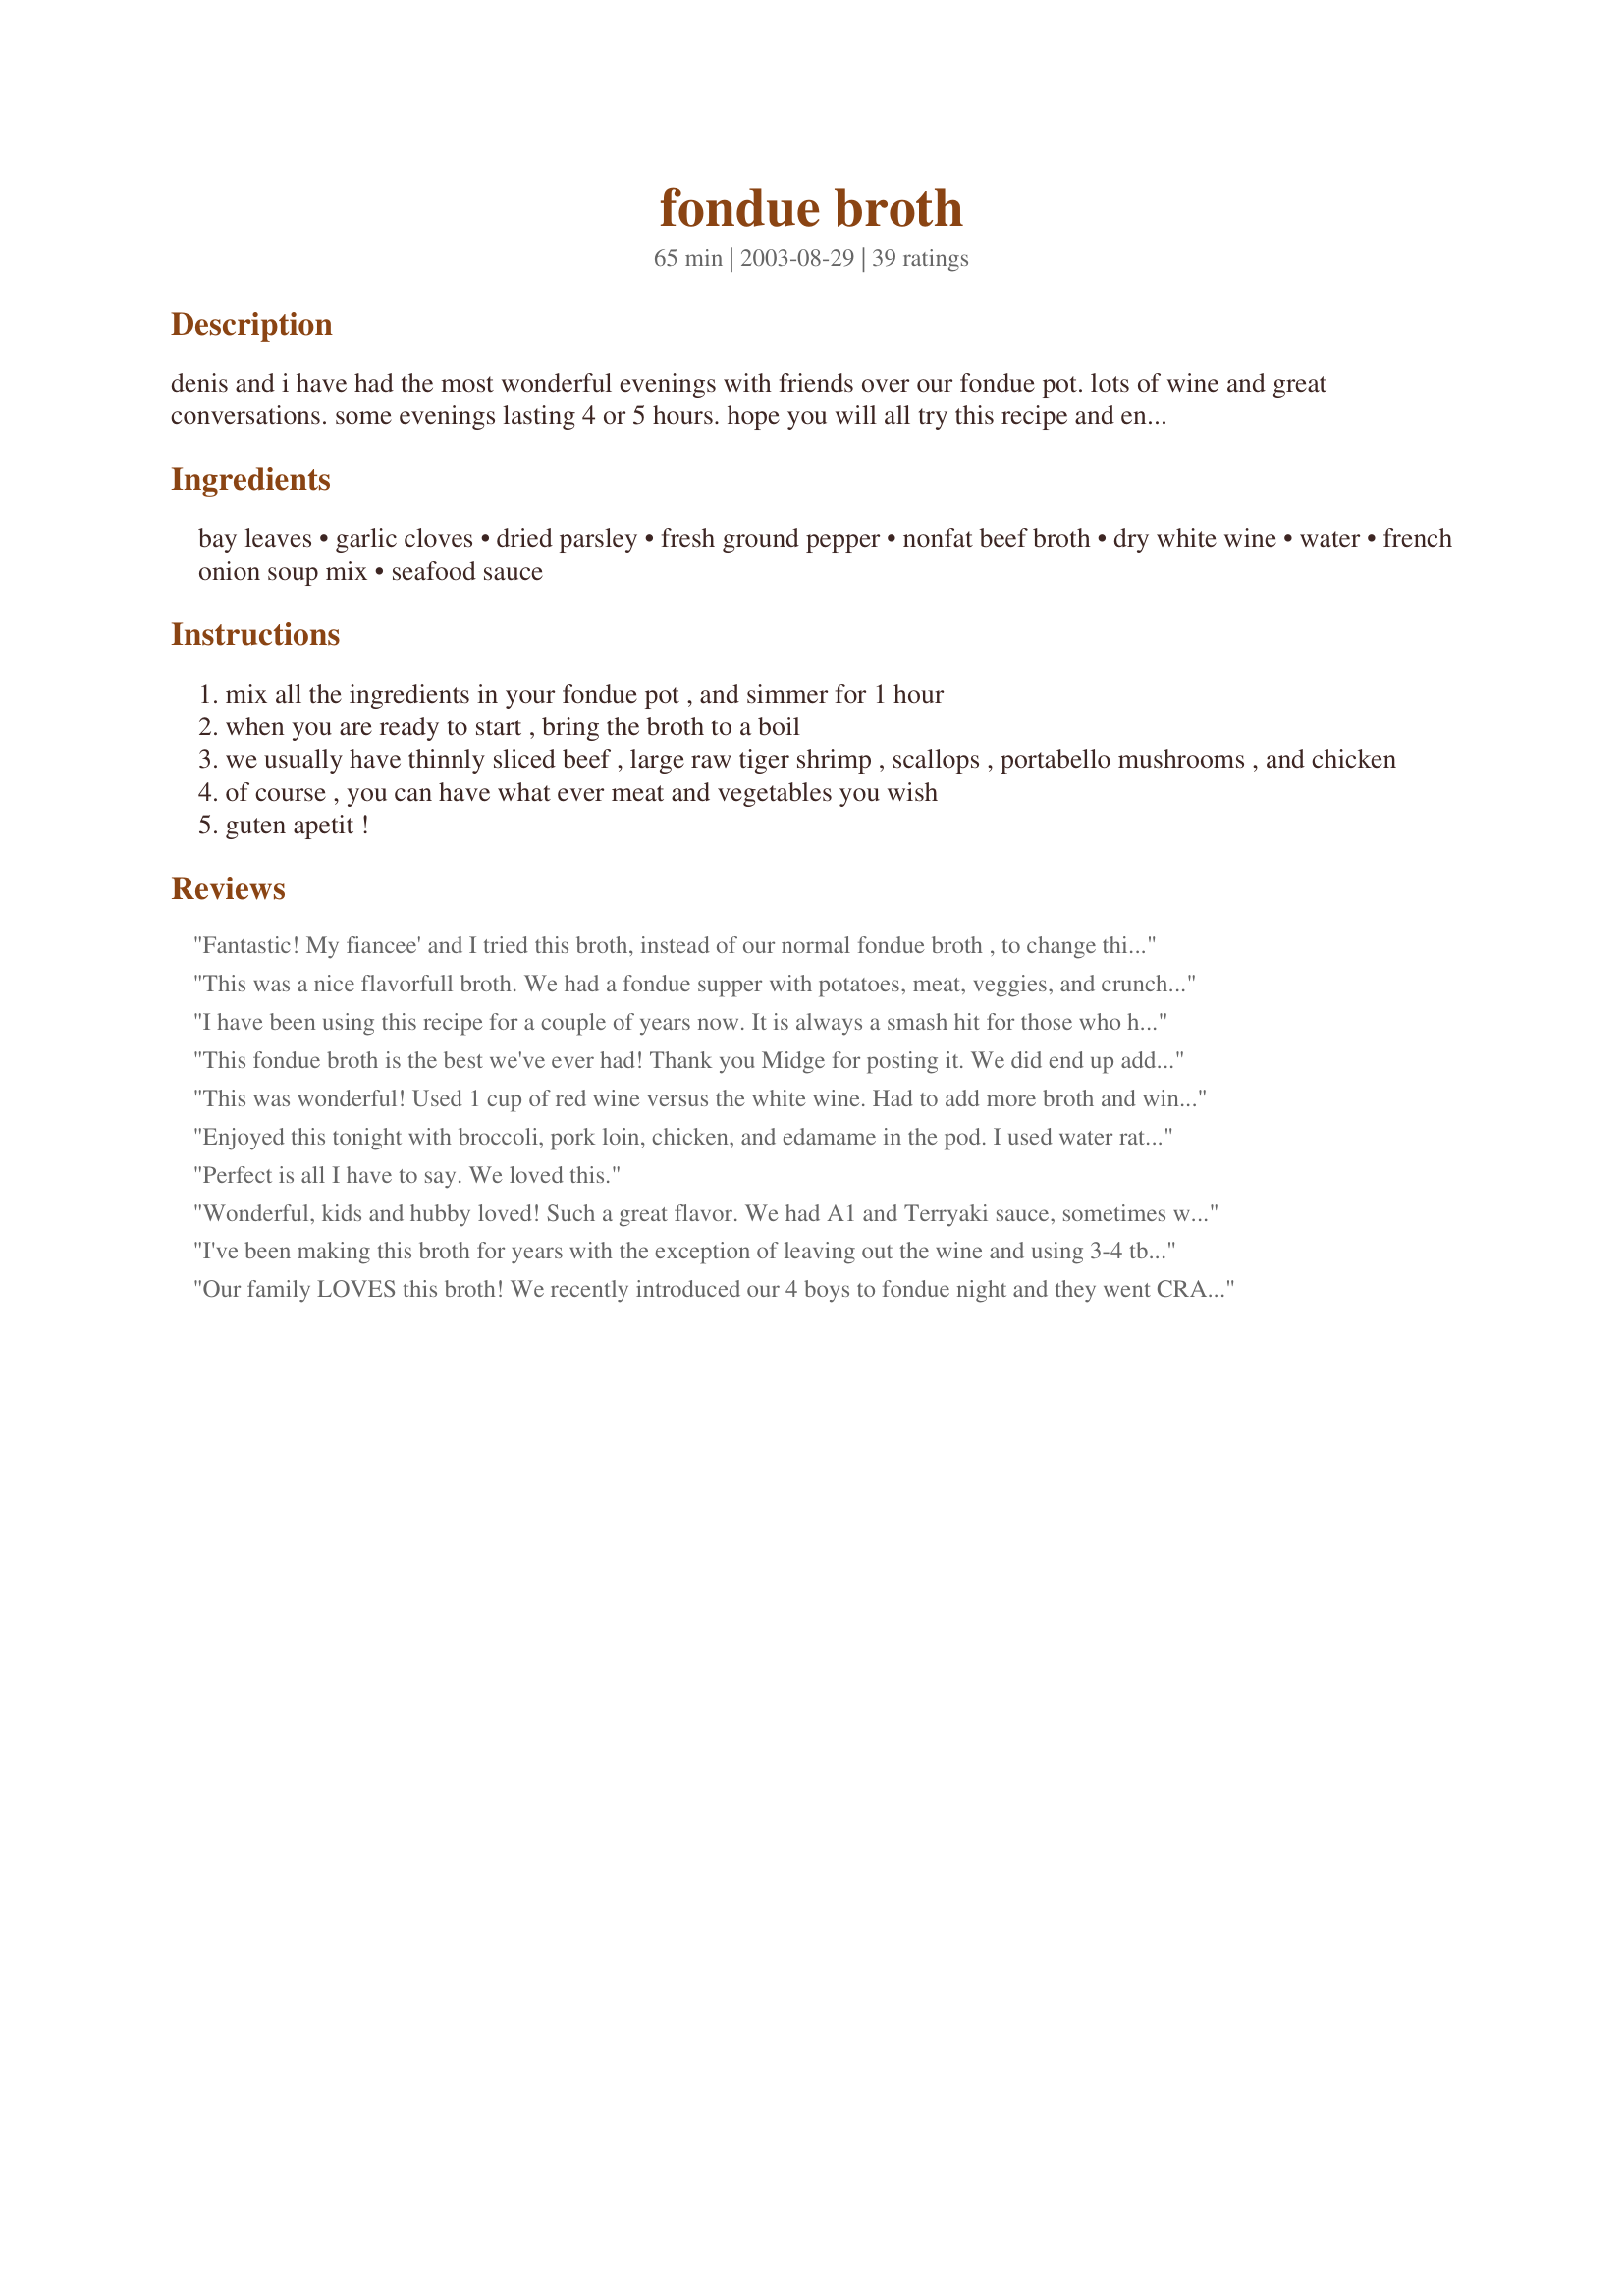
fondue broth
Preparation time: 65 minutes

denis and i have had the most wonderful evenings with friends over our fondue pot. lots of wine and great conversations. some evenings lasting 4 or 5 hours. hope you will all try this recipe and enjoy it as much as we do!

Ingredients:
bay leaves, garlic cloves, dried parsley, fresh ground pepper, nonfat beef broth, dry white wine, water, french onion soup mix, seafood sauce

Steps:
mix all the ingredients in your fondue pot , and simmer for 1 hour
when you are ready to start , bring the broth to a boil
we usually have thinnly sliced beef , large raw tiger shrimp , scallops , portabello mushrooms , and chicken
of course , you can have what ever meat and vegetables you wish
guten apetit !

Reviews:
Fantastic! My fiancee' and I tried this broth, instead of our normal fondue broth , to change things up a bit. We both LOVED this broth so much, and we agreed that it was so flavorful, that we almost didn't need to use our dipping sauces! We will definitely be using this recipe again! Thanks so much for posting it!
This was a nice flavorfull broth. We had a fondue supper with potatoes, meat, veggies, and crunchy bread. I think next time I'll decrease the amount of black pepper.
I have been using this recipe for a couple of years now. It is always a smash hit for those who have never had it and a highly anticipated treat for those who have. The unique combination of ingredients is what caught my eye. I found the initial smell of the ingredients mixed together (prior to simmering) to be a bit weird. However, an hour after simmering and the kitchen had a heavenly aroma.
This fondue broth is the best we've ever had! Thank you Midge for posting it. We did end up adding more wine as our fondue parties tend to last a long time. The only part I was unsure of was the package of onion soup mix as we have several different sizes available in our store. I believe I used a 38 g package of Lipton's french onion soup mix.
This was wonderful! Used 1 cup of red wine versus the white wine. Had to add more broth and wine because it kept evaporating. Dipped Filet, Scallops, Shrimp, Chicken, Calamari and mushrooms. Husband is already asking when we are doing fondue again.
Enjoyed this tonight with broccoli, pork loin, chicken, and edamame in the pod. I used water rather than wine... didn't have any. I also left out the seafood sauce. I went heavy on the garlic, as suggested. This made for a fun Friday evening dinner with the family. My 5 year old enjoyed the novelty of cooking his own food, but only ate a bit, cause he's 5 and that's what they do, apparently. Everyone else ate heartily. Thanks for sharing!
Perfect is all I have to say. We loved this.
Wonderful, kids and hubby loved! Such a great flavor. We had A1 and Terryaki sauce, sometimes we used it and sometimes not. We love putting mushrooms in it!!
I've been making this broth for years with the exception of leaving out the wine and using 3-4 tbs of red wine vinegar. I also leave out the saefood sauce. We wrap small pieces of provolone or curd cheese with the Chinese fondue beef then stick the skewer through the meat (place the cheese in the middle, fold up each side), then cook the meat in broth. Here comes the best part! We keep the broth, caramelize some onions the next night, throw them in the broth then top with a garlic toast and a slice (or grated leftover) provolone cheese! It makes the best french onion soup!
Our family LOVES this broth! We recently introduced our 4 boys to fondue night and they went CRAZY for it...we spent 3-1/2 hours at the table! What better way to find out what's going on with your kids? Anyway...I did substitute Heinz Chili Sauce for the Seafood sauce, which didn't sound appealing to me. It was delicious and really easy. the bst part was the next day: I sauteed a bag of sweet onions in butter till they were soft and translucent, then added all the remaining broth, including what we cooked the meat in. Best French Onion Soup EVER. Thanks for a terrific recipe that we will use over and over!
Thank you for this wonderful recipe. I made this for our New Years Day dinner with the family and we loved it. The broth is so flavourful (I left out the seafood sauce and lessened the amount of pepper as per other comments) I found that cooking in the broth made me feel less bloated and heavy feeling that I get with cooking with oil, plus the house smelled good with the broth. I had beef, prawns, chicken, mushrooms, broccoli and ramen noodles. I made a garlic butter for the prawns and a creamy mustard dip for the beef and chicken. Cook the ramen noodles separately and then add to broth and then you can spoon it out with a bit of broth to eat in a small bowl with the veggies. I look forward to making this recipe again next year or maybe earlier.
I never though of being so creative with Fondue Broth. This was REALLY good. We were afraid that the seafood sauce would be too spicy, but after the hour of boil time everything blended so well and created an amazing flavor for Fondue!
This was my first attempt at broth fondue. I made a few changes to the recipe. I used red wine instead of white and omitted the seafood sauce. I found I needed to make a double batch of the broth though because it evaporated so quickly.
Great flavor though!
Made this broth tonight: no fuss and delicious recipe. All guests raved about it including kids. I added a few sticks of lemongrass to the recipe and it was a good guess! Taste is very similar to that of canned fondue broth but with probably half the sodium and better taste. For the first time, I am considering using the leftover broth for soup (usually it is way too salty).
I love this broth! Fondue is our family Christmas tradition, and this is the recipe I have used for years. Thanks for posting!
We loved this. Added more garlic as suggested and it was perfect!! Served it with chicken, beef tenderloin, Mahi Mahi, crimini mushrooms, baby potatoes and broccoli. We ate to our hearts content and had to keep adding water to the pot once the extra broth was gone. We had 5 big appetites. We'll need to double the recipe next time. VERY DELISH.
This recipe was AWESOME! I had been looking for a broth fondue recipe for quite some time and was very excited to try this out. I was a little nervous about the cocktail sauce but it was wonderful. Thank you!
What a great recipe. We really enjoyed this last night. Awesome fondue. We used prawns, chicken , steak, broccoli, breaded gouda, and mushrooms. I can't wait to make this again and invite friends over.
This made an outstanding dinner for New Years Eve! I used Heinz Chili Sauce and everything was so tasty! Made for Zaar Cookbooks Tag game.
Our family enjoyed this recipe on Christmas Eve. This was especially good with prawns!
wow!! turned our foods into something quite wonderful and savory!!! used wine instead of water and added a bit more garlic and also ommitted the seafood sauce. may try with next time. but wouldn't change a thing!! just don't use with tempura. the broth doesnt get hot enuf to make the batter crispy. thanks midge!!
This was great! I followed the recipe as-is except I used red wine instead of white wine and not quite as much pepper. I was skeptical about the cocktail sauce, but everything altogether was great. We did filet, chicken, prawns, and lobster. The lobster was really good - needed no dipping sauce. I would definitely use this again the next time we do fondue.
Fantastic! Thank you for posting the recipe, Midge. I left out the seafood sauce only because I didn't have any, but will use it next week when we fondue again. Like others have said, this evaporates quickly, so I just kept adding the rest of the bottle of pinot grigio that I used to make the broth. My 8 year old and husband loved the taste of it, but the best part was spending the 2 hours around the kitchen table enjoying the food and each other's company. Thanks again!
Absolutely FANTASTIC! I used only about 1/4 cup of Heinz chili sauce (didn't have cocktail sauce, but this is similiar), and the rest exactly as described. My gawd, the flavor was outstanding, what a great recipe. We used filet mignon chunks and the following sauces: Mustard Dipping Sauce Recipe #8282, cracked black pepper sauce from Fondue Dipping Sauces Recipe #86045 and the garlic dill sauce from "Love is in the Air" Beef Fondue & Sauces Recipe #84797. Whadda meal, thank you!
the best ever - great with veggies and beef, chicken, shrimp and salmon
What I can I add that no one else has already contributed? This is a wonderful, full favored broth better than most! Very easy to make!
I did not care for this recipe at all. I followed it exactly and wished I had only used 1/2 teaspoon of pepper instead of 2 whole teaspoons. Also, the seafood sauce was not good in this for us. The meat was edible but the veggies (potatoes, mushrooms, and broccoli were too peppery for our tastes. Right in the beginning I saw how bad the pepper and seafood sauce were so I added another packet of french onion soup mix and an additional 4 cups of water. It was still overpowering. Sadly, this bombed on my husband's birthday party.
This was a wonderful fondue broth, even made without the seafood sauce. We had a cheese fondue at the same time, and the bread dunked briskly into this broth then lathered with cheese was just heavenly. We will be making this again.
Yummy! Made this for Valentine's Day (late for us this year) along with a pot of cheese fondue. Delicious! Also tried the other reviewer's idea about making soup with the leftover broth, excellent!! Thanks to everyone!
I used this broth instead of oil to try to save a few calories. At first, I wasn't sure how tasty the recipe would turn out but it was the hit at the party! 

EVERYONE has asked for the recipe.
Followed the recipe but didn't have any wine so used the water. We used thinly sliced steak, chunks of chicken breast, shrimp and lobster. The lobster was not very good but all the other meat turned out great, but only when dipped in a sauce. We didn't like the flavor of the meat with the broth alone. I made a mustard sauce, teriyaki sauce and had a jar of sweet and hot relish. We are going to fondue meat again tonight but use a different broth.
We had this tonight for our Christmas dinner. I loved it. I had not done broth before with fondue; we always have fondue for Christmas dinner. I read the other reviews and used less of the seafood sauce, knowing my own taste. It did not overpower the scallops or shrimp. If I didn't use sauce on the particular bite it was a pleasant flavor. A keeper. We had shrimp, scallops, beef, chicken, mushrooms to fondue.
We made this for our Christmas Eve dinner. We make lots of dishes that everyone can pick from. This beef broth (for the steak) and my brother's cheese fondue recipe were perfect. Lots of flavor!!! I've saved this in my cookbook and will be using it over and over!
Especially great with the portabella mushrooms!
Excellent! We had fondue for Christmas Eve dinner last night. I've never done fondue but DH's family does every New Years. He said it's the best he's ever had.
I substituted water for wine and left out the seafood sauce.

Thanks Midge Plourde!
I've always done fondue in chicken or beef stock, and it never occurred to me to "jazz up" the broth! SO, I found your recipe and gave it a try last night. We had a family dinner with the kiddies and my parents. Everyone loved this broth! It smelled wonderful! The large shrimp we cooked were especially good in this broth, they seemed to really soak up the flavor the best! I didn't try the chicken, but the beef was wonderful too. Zuchini and mushrooms were great too! I even forgot the wine, so I'm sure that will make this even better the next time we make this. Thanks for a great idea!
We made this last night for New Years Eve and it was a hit. This fondue broth recipe has a lot more flavour then any other broth fondue that I have made. I would normally have some dips for the meat/chicken but with this recipe none of us felt that they were needed. Once the meat/chicken/portabello mushrooms were cooked they were pop in your mouth tasty. I'll never look for another broth fondue this one is the best.
Great fondue broth! Just the right amount of spiciness. Left out the 1/2 bottle of heinz seafood sauce but it was perfect. I might double it next time also as another reviewer said because it does evaporate quickly. I would put only one recipe of it in the fondue pot but have a 2nd recipe of it on the side to replenish the broth as needed. My daughters love fondue and it made for a wonderful family dinner tonight...with chocolate fondue for dessert. Thanks so much for sharing this great, simple recipe.
Looking forward to having this on Christmas Eve with family
